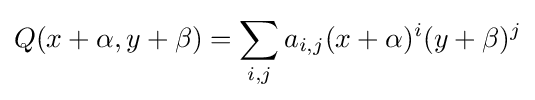
Q(x+\alpha ,y+\beta )=\sum _{i,j}a_{i,j}(x+\alpha )^{i}(y+\beta )^{j}